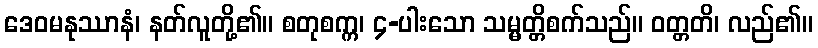
ဒေဝမနုဿာနံ၊ နတ်လူတို့၏။ စတုစက္က၊ ၄-ပါးသော သမ္မတ္တိစက်သည်။ ဝတ္တတိ၊ လည်၏။